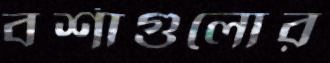
বর্শাগুলোর